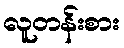
လူတန်းစား